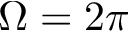
\Omega = 2 \pi